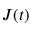
J ( t )